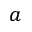
a